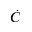
\dot { C }